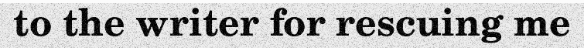
to the writer for rescuing me